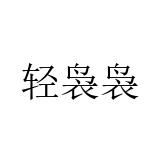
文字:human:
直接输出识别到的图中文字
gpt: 轻袅袅